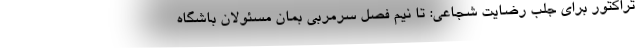
تراکتور برای جلب رضایت شجاعی: تا نیم فصل سرمربی بمان مسئولان باشگاه